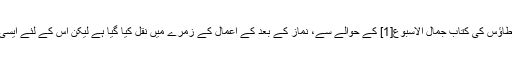
کتاب وسائل الشیعہ اور دیگر کتب حدیث میں اس دعا کو سید ابن طاؤس کی کتاب جمال الاسبوع[1] کے حوالے سے، نماز کے بعد کے اعمال کے زمرے میں نقل کیا گیا ہے لیکن اس کے لئے ایسی کوئی سند مذکور نہیں ہے جو اس کو معصوم سے متصل کرے۔